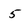
Character: 5